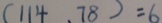
( 1 1 4 , 7 8 ) = 6